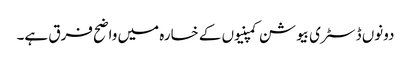
دونوں ڈسٹری بیوشن کمپنیوں کے خسارہ میں واضح فرق ہے۔